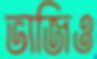
ভাজিও